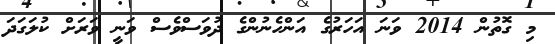
މި ގޮތުން 2014 ވަނަ އަހަރުގެ އަންހެނުންގެ ދުވަސްވެސް ވަނީ ވަރަށް ކުލަގަދަ